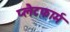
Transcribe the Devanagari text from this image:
प्‍लैटफार्म